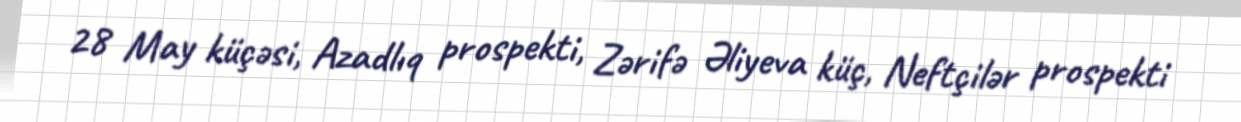
28 May küçəsi, Azadlıq prospekti, Zərifə Əliyeva küç, Neftçilər prospekti